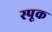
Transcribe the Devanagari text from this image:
स्पूक